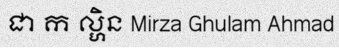
ជា ក ល្ហិន Mirza Ghulam Ahmad